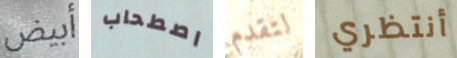
أبيض اصطحاب لتقدم أنتظري